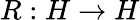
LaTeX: R:H\rightarrow H